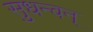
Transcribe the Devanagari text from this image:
सुधन्वन्‌